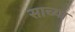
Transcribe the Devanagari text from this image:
साच्या